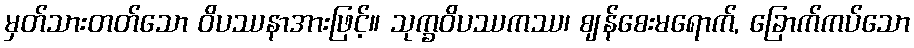
မှတ်သားတတ်သော ဝိပဿနာအားဖြင့်။ သုက္ခဝိပဿကဿ၊ ဈန်စေးမရောက်, ခြောက်ကပ်သော